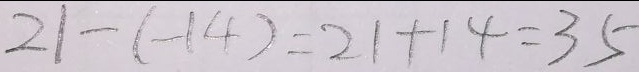
2 1 - ( - 1 4 ) = 2 1 + 1 4 = 3 5